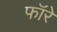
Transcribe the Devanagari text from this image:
फॉरे